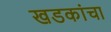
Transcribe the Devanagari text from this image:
खडकांचा